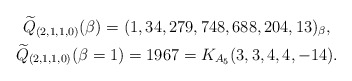
\begin{gather*}{\widetilde{Q}}_{(2,1,1,0)}(\beta) = (1,34,279,748,688,204,13)_{\beta},\\{\widetilde{Q}}_{(2,1,1,0)}(\beta =1)= 1967 = K_{A_{5}}(3,3,4,4,-14).\end{gather*}